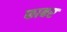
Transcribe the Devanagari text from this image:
फाबर